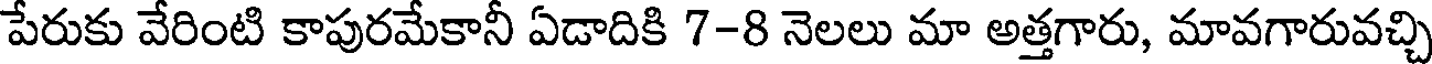
పేరుకు వేరింటి కాపురమేకానీ ఏడాదికి 7-8 నెలలు మా అత్తగారు, మావగారువచ్చి